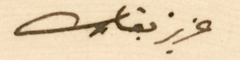
عزيز بقاك